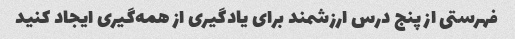
فهرستی از پنج درس ارزشمند برای یادگیری از همه‌گیری ایجاد کنید